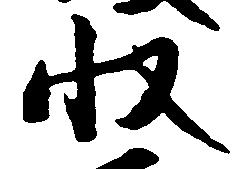
収